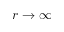
r \rightarrow \infty